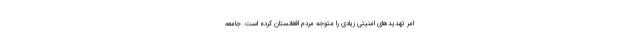
امر تهدیدهای امنیتی زیادی را متوجه مردم افغانستان کرده است. جامعه